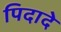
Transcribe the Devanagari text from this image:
पिदादे